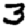
Digit: 3